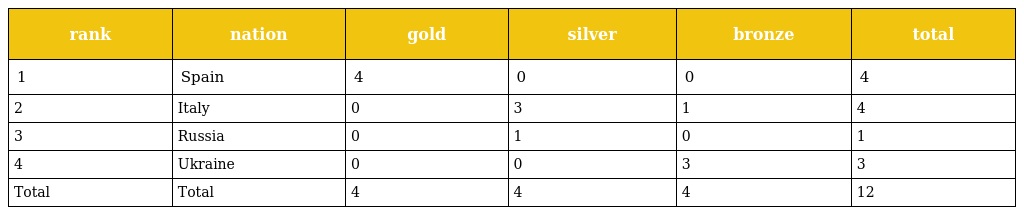
| rank | nation | gold | silver | bronze | total |
 | --- | --- | --- | --- | --- | --- |
 | 1 | Spain | 4 | 0 | 0 | 4 |
 | 2 | Italy | 0 | 3 | 1 | 4 |
 | 3 | Russia | 0 | 1 | 0 | 1 |
 | 4 | Ukraine | 0 | 0 | 3 | 3 |
 | Total | Total | 4 | 4 | 4 | 12 |